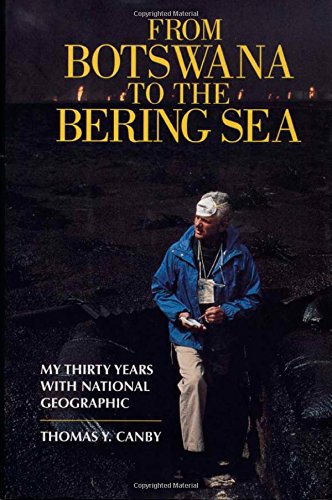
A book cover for From Botswana to the Bering Sea: My Thirty Years With National Geographic; Thomas Y. Canby; Travel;